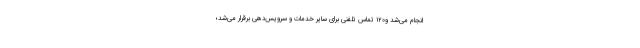
انجام می‌شد و۱۲۰ تماس تلفنی برای سایر خدمات و سرویس‌دهی برقرار می‌شد؛